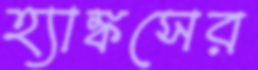
হ্যাঙ্কসের